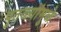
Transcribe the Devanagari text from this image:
पुतळ्यांमुळे